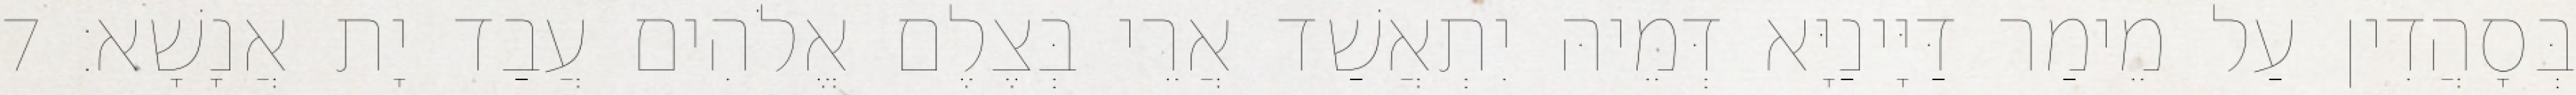
בְּסָהֲדִין עַל מֵימַר דַּיָּינַיָּא דְּמֵיהּ יִתְאֲשַׁד אֲרֵי בְּצֶלֶם אֱלֹהִים עֲבַד יָת אֲנָשָׁא׃ 7